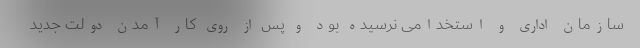
سازمان اداری و استخدامی نرسیده بود و پس از روی کار آمدن دولت جدید